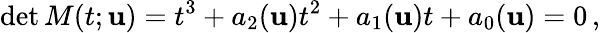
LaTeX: \operatorname*{det}M(t;{\mathbf{u}})=t^{3}+a_{2}({\mathbf{u}})t^{2}+a_{1}({\mathbf{u}})t+a_{0}({\mathbf{u}})=0\, ,